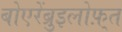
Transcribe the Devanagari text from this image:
बोएरेंब्रुइलोफ़्त